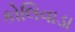
કોલિવાડા